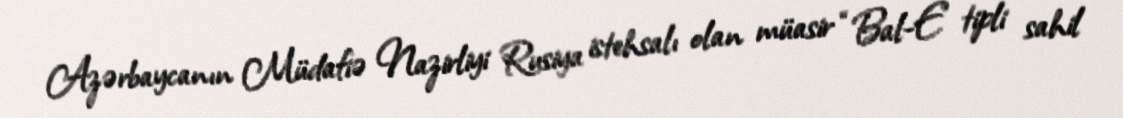
Azərbaycanın Müdafiə Nazirliyi Rusiya istehsalı olan müasir “Bal-E” tipli sahil